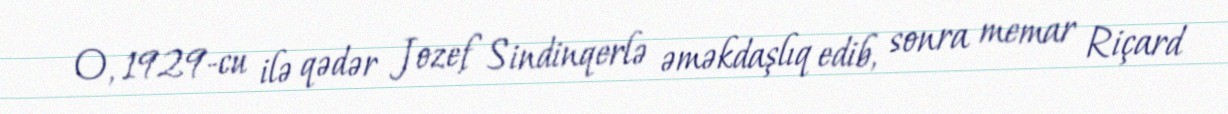
O, 1929-cu ilə qədər Jozef Sindinqerlə əməkdaşlıq edib, sonra memar Riçard